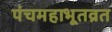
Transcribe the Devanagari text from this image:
पंचमहाभूतव्रत